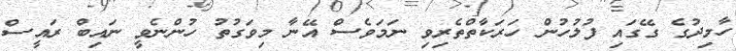
ހާމިދުގެ ގޭގައި ފުލުހުން ހަރަކާތްތެރިވި ނަމަވެސް އޭނާ މިވަގުތު ހުންނެވީ ނައިބް ރައީސް